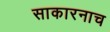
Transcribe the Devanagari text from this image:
साकारनाच